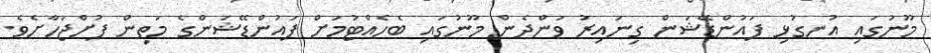
މޫނުގައި އުނގުޅި ފައުންޑޭޝަން ގިނައިރު ވަންދެން މޫނުގައި ބެހެއްޓުމަށް ފައުންޑޭޝަންގެ މަތިން ފުށްޖަހާށެވެ.